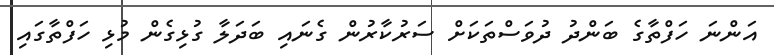
އަންނަ ހަފްތާގެ ބަންދު ދުވަސްތަކަށް ސަރުކާރުން ގެނައި ބަދަލާ ގުޅިގެން މުޅި ހަފްތާގައި